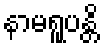
နာမရူပန္တိ